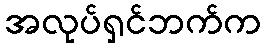
အလုပ်ရှင်ဘက်က